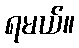
ရမယ်။